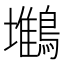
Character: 𪅧